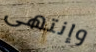
وإنتهى